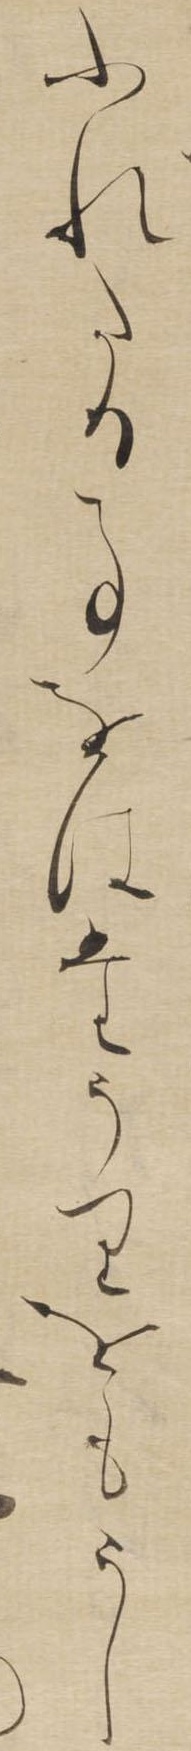
ふれたる事をはたうりをもうし